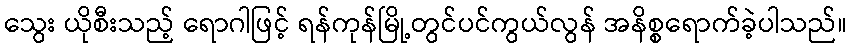
သွေး ယိုစီးသည့် ရောဂါဖြင့် ရန်ကုန်မြို့တွင်ပင်ကွယ်လွန် အနိစ္စရောက်ခဲ့ပါသည်။